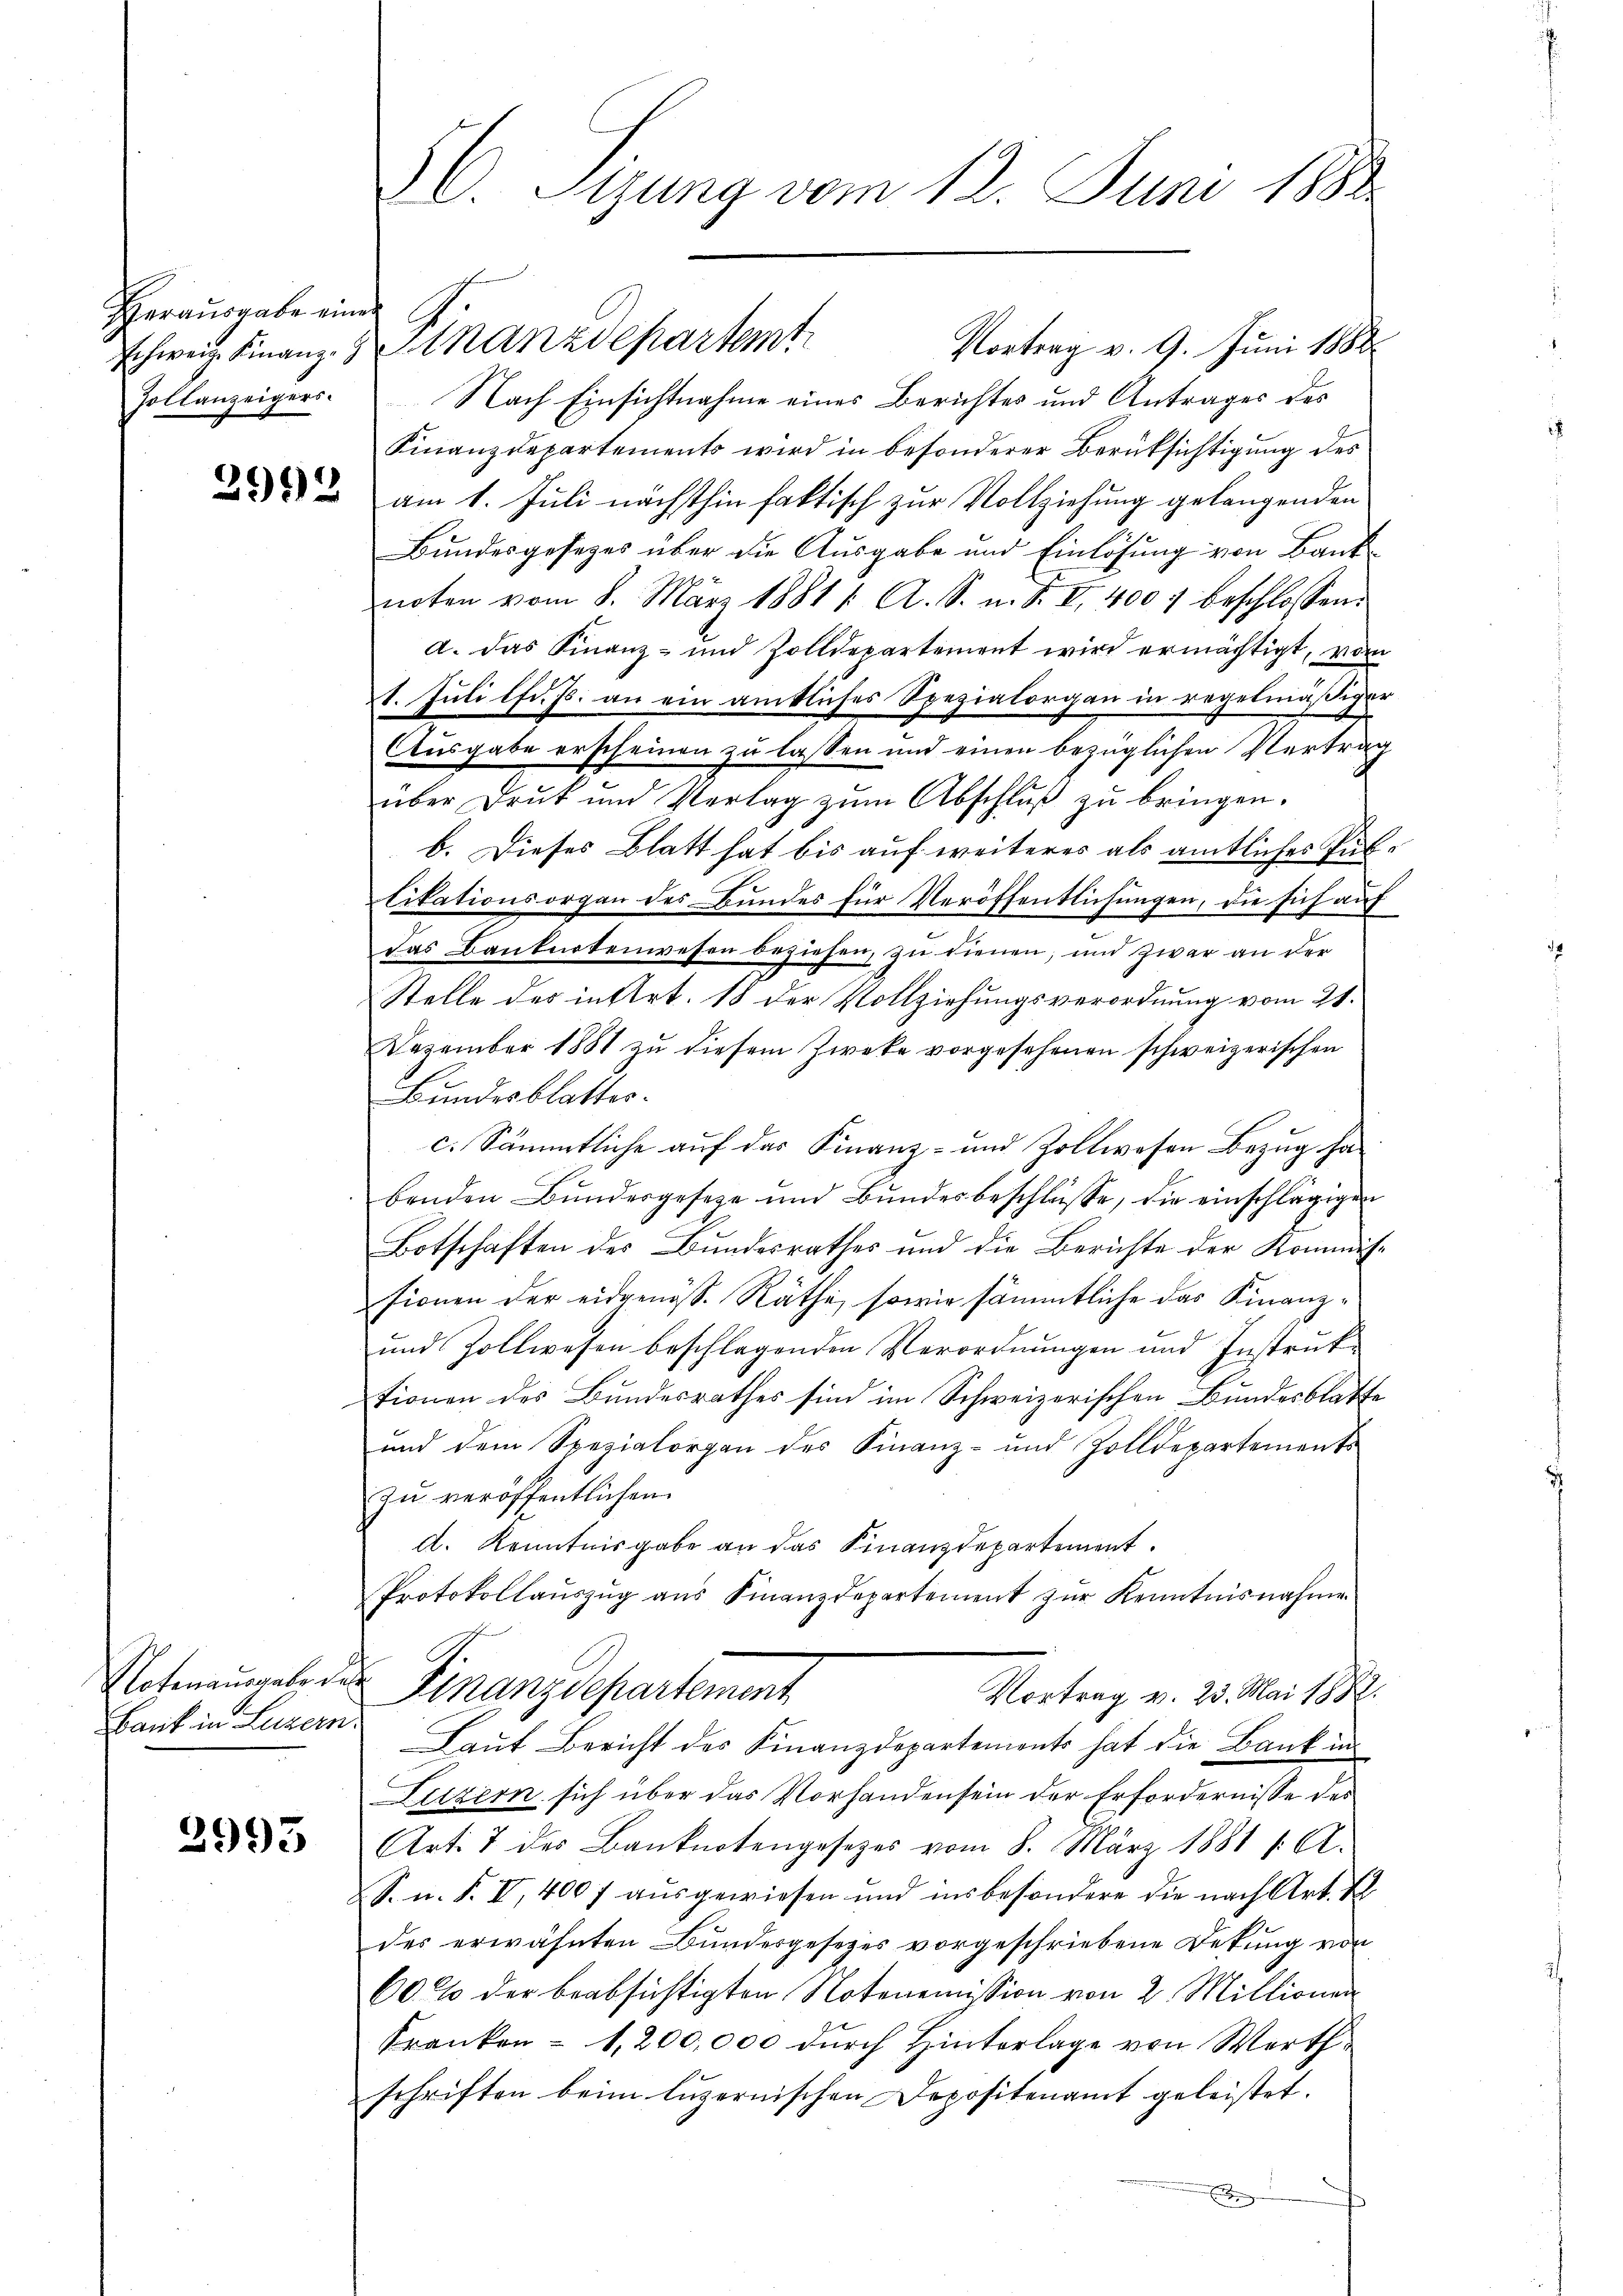
Herausgabe einer
Zollanzeigers.

2992

Bank in Luzern.

2993

Vortrag v. 9. Juni 1888
schweiz. Finanz-Sinanzdepartemt
Nach Einsichtnahme eines Berichtes und Antrages des
Finanzdepartements wird in besonderer Berüksichtigung des
am 1. Juli nächsthin faktisch zur Vollziehung gelangenden
Bundesgesetzes über die Ausgabe und Einlösung von Banknoten vom 8. März 1881 1. A. S. n. F. II 400 f beschlossen:
d. Das Finanz- und Zolldepartement wird ermächtigt, vom
1. Juli lfd. Js. an ein ankliches Spezialorgan in regelmäßiger
Ausgabe erscheinen zu lassen und einen bezüglichen Vertrag
c
über Druk und Verlag zŭm Abschluß zu bringen.
b. Dieses Blatt hat bis auf weiteres als amtliches Publikationsorgen des Bundes für Veröffentlichungen, die sich auf
das Banknotenwesen beziehen, zu dienen, und zwar an der
Stelle des in Art. 18 der Vollziehungsverordnung vom 21.
Dezember 1881 zu diesem Zwecke vorgesehenen schweizerischen
Bundesblatter.
c. Sämmtliche auf das Finanz- und Zollwesen Bezug habenden Bundesgeseze und Bundesbeschlüsse, die einschlägigen
Botschaften des Bundesrathes und die Berichte der Kommiss
sionen der eidgenöß. Räthe, sowie sämmtliche das Finanz¬
und Zollwesen beschlagenden Verordnŭngen und Instruk-
tionen des Bundesrathes sind im Schweizerischen Bundesblatte
und dem Spezialorgan des Finanz- und Zolldepartements
zu veröffentlichen
d. Kenntnisgabe an das Finanzdepartement.
Protokollaŭszŭg ans Finanzdepartement zŭr Kenntnisnahme
Notenausgabe der Finanzdepartement
Vortrag v. 23. Mai 1882.
Lauf Bericht des Finanzdepartements hat die Bank in
Luzern sich über das Vorhanden sein der Erfordernisse des
Art. 7 des Banknotengesezes vom 8. März 1881 1. A.
S. u. F. VI, 400 f aŭsgewiesen und insbesondere die nach Art. R
des erwähnten Bundesgesetzes vorgeschriebene Dekung von
60% der beabsichtigten Notenemission von 2 Millionen
Franken = 1,200,000 durch Hinterlage von Werthschriften beim luzernischen Depositenamt geleistet.
E

C Sizung vom 12. Juni 1882